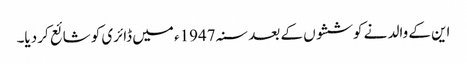
این کے والد نے کوششوں کے بعد سنہ 1947ء میں ڈائری کو شائع کر دیا۔